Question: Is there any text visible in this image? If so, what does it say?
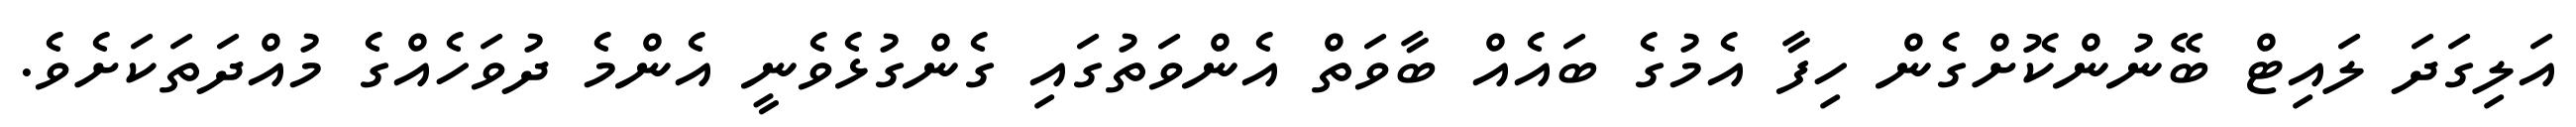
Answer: އަލިގަދަ ލައިޓް ބޭނުންކޮށްގެން ހިފާ އެމުގެ ބައެއް ބާވަތް އެންވަތުގައި ގެންގުޅެވެނީ އެންމެ ދުވަހެއްގެ މުއްދަތަކަށެވެ.